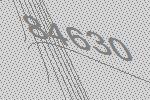
84630